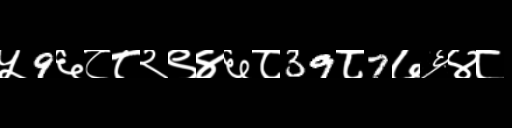
Text: ५9६८८२९४६८39८7७६४८